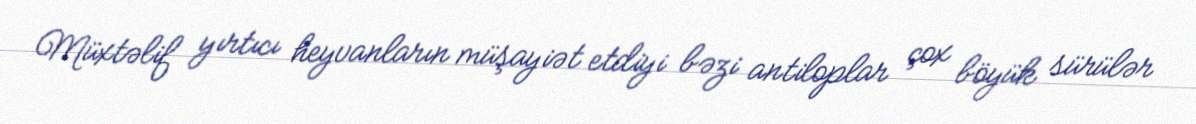
Müxtəlif yırtıcı heyvanların müşayiət etdiyi bəzi antiloplar çox böyük sürülər